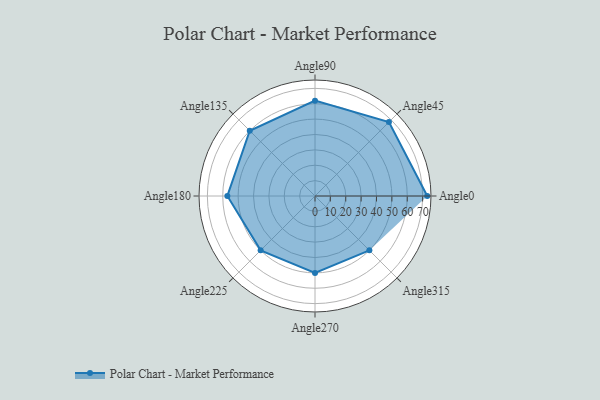
{"axis": {"x": "Angle", "y": "Radius"}, "legend": [""], "data": [{"x": "Angle0", "y": 73.0, "type": ""}, {"x": "Angle45", "y": 68.0, "type": ""}, {"x": "Angle90", "y": 62.0, "type": ""}, {"x": "Angle135", "y": 60.0, "type": ""}, {"x": "Angle180", "y": 57.0, "type": ""}, {"x": "Angle225", "y": 50, "type": ""}, {"x": "Angle270", "y": 50, "type": ""}, {"x": "Angle315", "y": 50, "type": ""}]}